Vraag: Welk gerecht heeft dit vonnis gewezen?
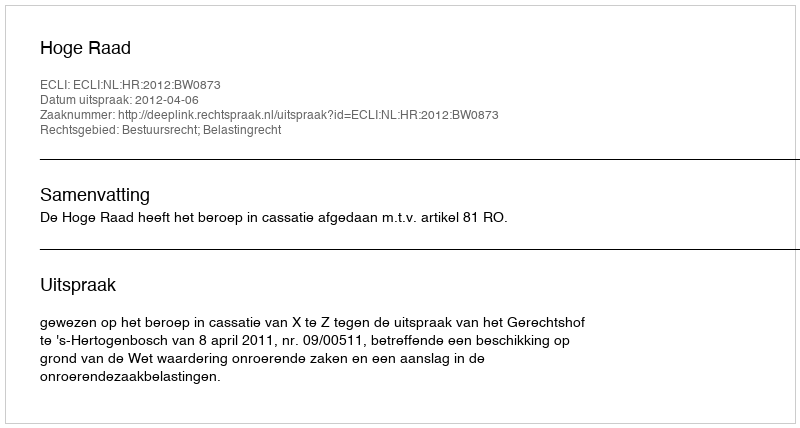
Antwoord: Hoge Raad